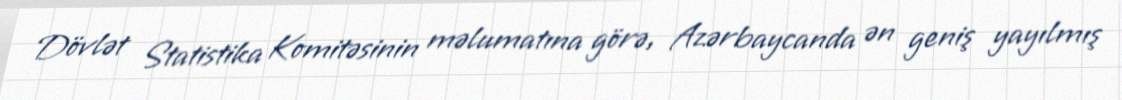
Dövlət Statistika Komitəsinin məlumatına görə, Azərbaycanda ən geniş yayılmış